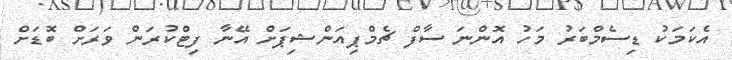
އެކަމަކު ޑިސެމްބަރު މަހު އޮންނަ ސާފް ޗެމްޕިއަންޝިޕަށް އޭނާ ފިޓްކުރަން ވަރަށް ބޮޑަށް